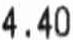
4.40